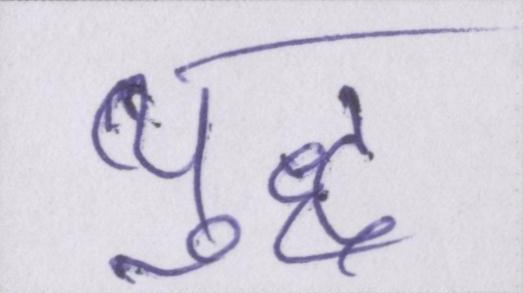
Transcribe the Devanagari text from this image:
युद्ध